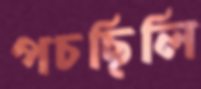
পচছিলি